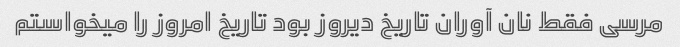
مرسی فقط نان آوران تاریخ دیروز بود تاریخ امروز را میخواستم